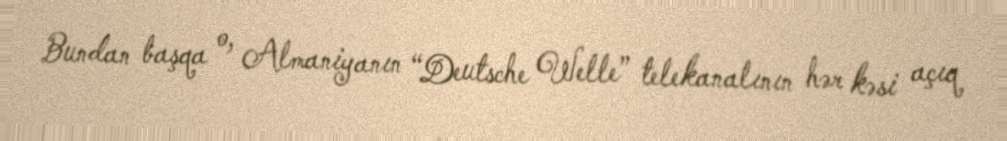
Bundan başqa o, Almaniyanın “Deutsche Welle” telekanalının hər kəsi açıq